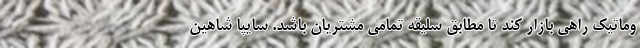
وماتیک راهی بازار کند تا مطابق سلیقه تمامی مشتریان باشد. سایپا شاهین